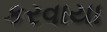
કરવાયા